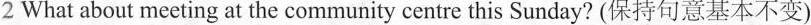
2 What about meeting at the community centre this Sunday? (保持句意基本不变)